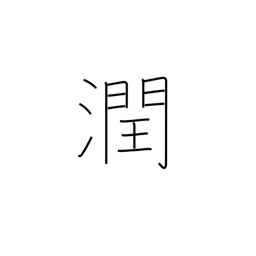
Meaning: be watered